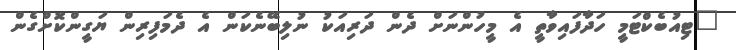
"ޓިއުބެކްޓަމީ ހަދާފައިވާތީ އެ މީހުންނަށް ދެން ދަރިއަކު ނުލިބޭނެކަން އެ ދެމަފިރިން ޔަގީންކޮށްގެން